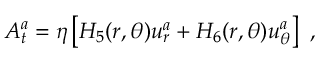
A _ { t } ^ { a } = \eta \left[ H _ { 5 } ( r , \theta ) u _ { r } ^ { a } + H _ { 6 } ( r , \theta ) u _ { \theta } ^ { a } \right] \ ,